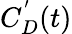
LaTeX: C_{D}^{'}(t)